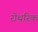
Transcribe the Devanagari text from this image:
रोथरिक